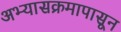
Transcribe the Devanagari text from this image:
अभ्यासक्रमापासून